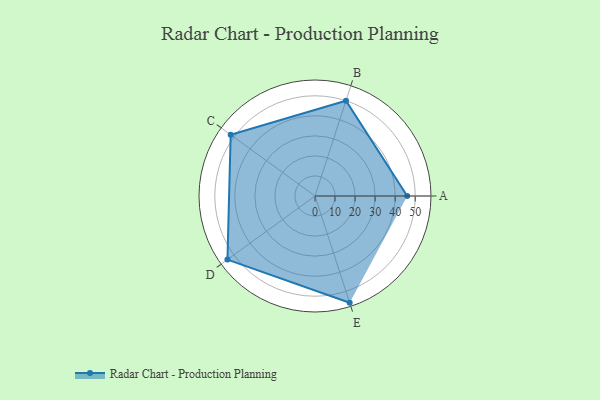
{"axis": {"x": "Skill", "y": "Score"}, "legend": ["Profile"], "data": [{"x": "A", "y": 46.0, "type": "Profile"}, {"x": "B", "y": 50.0, "type": "Profile"}, {"x": "C", "y": 52.0, "type": "Profile"}, {"x": "D", "y": 54.0, "type": "Profile"}, {"x": "E", "y": 56.0, "type": "Profile"}]}